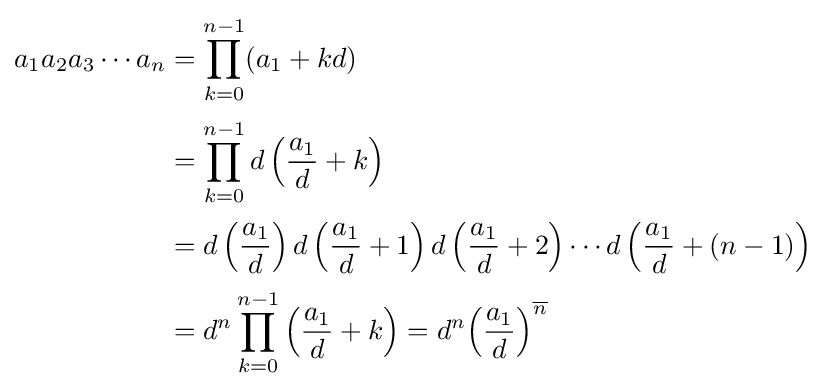
{\begin{aligned}a_{1}a_{2}a_{3}\cdots a_{n}&=\prod _{k=0}^{n-1}(a_{1}+kd)\\[2pt]&=\prod _{k=0}^{n-1}d\left({\frac {a_{1}}{d}}+k\right)\\[2pt]&=d\left({\frac {a_{1}}{d}}\right)d\left({\frac {a_{1}}{d}}+1\right)d\left({\frac {a_{1}}{d}}+2\right)\cdots d\left({\frac {a_{1}}{d}}+(n-1)\right)\\[2pt]&=d^{n}\prod _{k=0}^{n-1}\left({\frac {a_{1}}{d}}+k\right)=d^{n}{\left({\frac {a_{1}}{d}}\right)}^{\overline {n}}\end{aligned}}